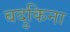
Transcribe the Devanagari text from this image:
बदुकिना